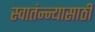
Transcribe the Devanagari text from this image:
स्वातंन्न्यासाठी